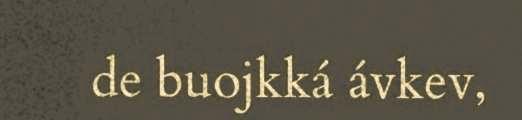
de buojkká ávkev,